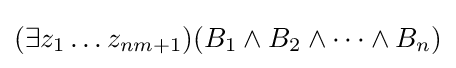
(\exists z_{1}\ldots z_{nm+1})(B_{1}\wedge B_{2}\wedge \cdots \wedge B_{n})